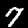
Label: 7